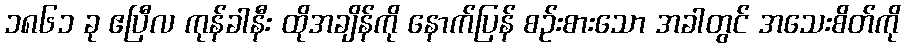
၁၈၆၁ ခု ဧပြီလ ကုန်ခါနီး ထိုအချိန်ကို နောက်ပြန် စဉ်းစားသော အခါတွင် အသေးစိတ်ကို